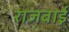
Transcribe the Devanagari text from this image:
राजबाई